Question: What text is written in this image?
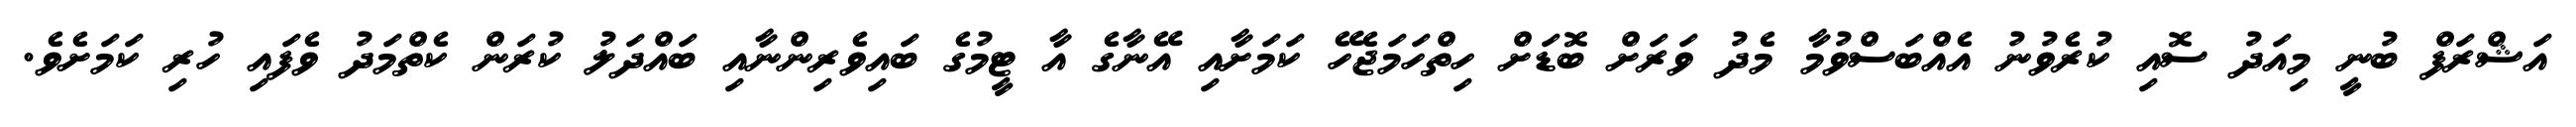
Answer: އަޝްރަފް ބުނީ މިއަދު ސޮއި ކުރެވުނު އެއްބަސްވުމާ މެދު ވަރަށް ބޮޑަށް ހިތްހަމަޖެހޭ ކަމަށާއި އޭނާގެ އާ ޓީމުގެ ބައިވެރިންނާއި ބައްދަލު ކުރަން ކެތްމަދު ވެފައި ހުރި ކަމަށެވެ.